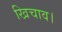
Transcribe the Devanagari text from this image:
खिचाव।